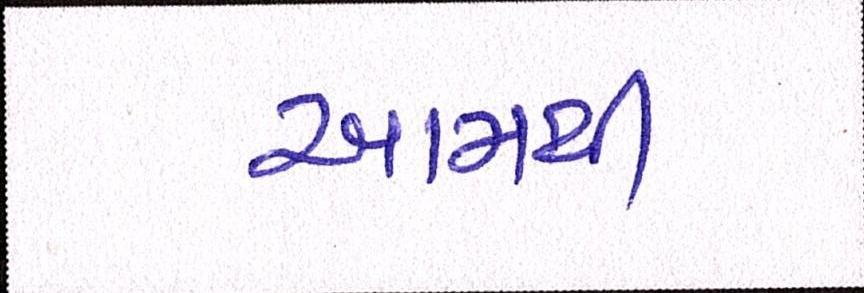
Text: આમથી